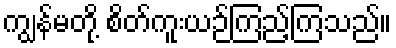
ကျွန်မတို့ စိတ်ကူးယဉ်ကြည့်ကြသည်။